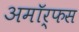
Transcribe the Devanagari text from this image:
अमॉर्फस